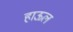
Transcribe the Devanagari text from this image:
हाऊल